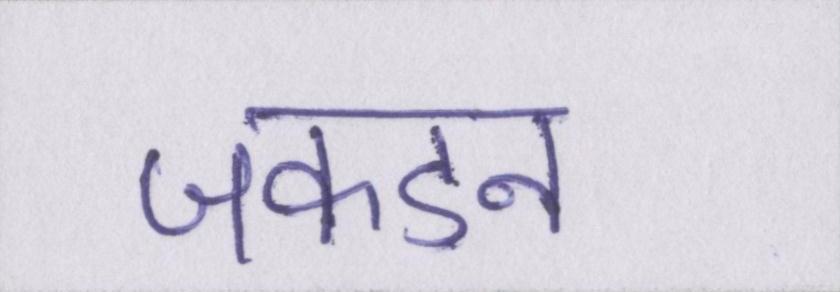
जकडन